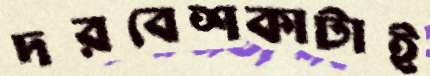
দরবেশকাটাই